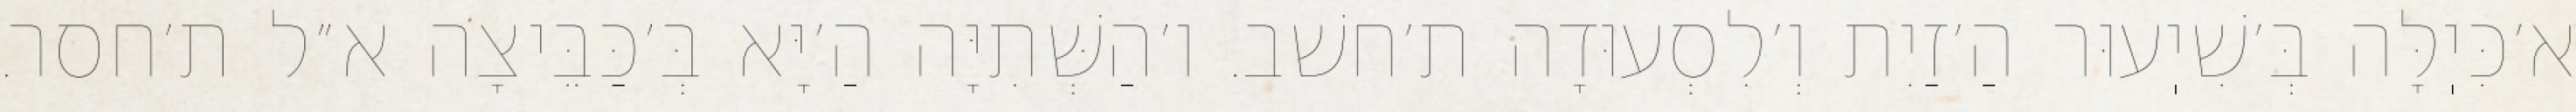
א׳כִּיֽלָּה בְּ׳שִׁיֽעוּר הַ׳זַיִת וְ׳לִסְעוּדָה ת׳חשׁב. ו׳הַשְּׁתִיָּה הַ׳יָּא בְּ׳כַּבֵּיצָה א״ל ת׳חסר.